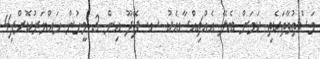
މަސްތުވާތަކެތި ކަމަށް ބެލޭ އެއްޗިއްސާއެކު ސ. ފޭދޫ އިން 3 މީހުން ހައްޔަރުކޮށްފި4